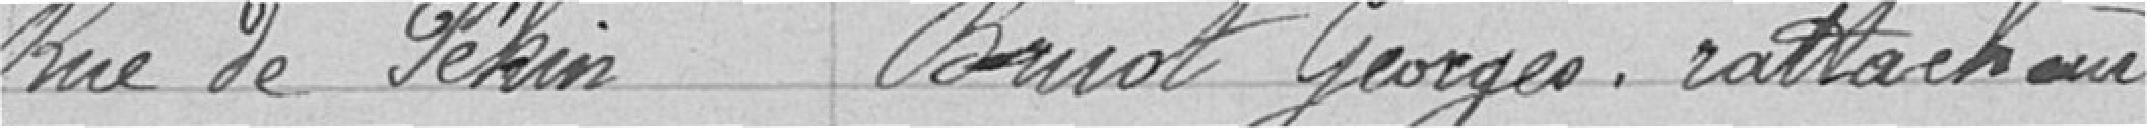
Rue de Pékin Bruot Georges, rattacheur